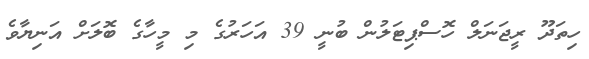
ހިތަދޫ ރީޖަނަލް ހޮސްޕިޓަލުން ބުނީ 39 އަހަރުގެ މި މީހާގެ ބޮލަށް އަނިޔާވެ